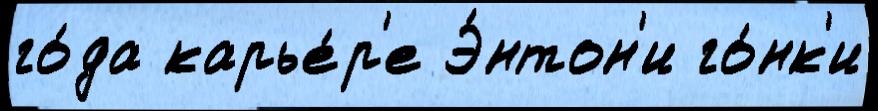
го́да карье́р'е Э́нтон'и го́нк'и